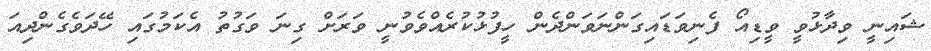
ޝައިނީ ވިދާޅުވީ ވީޑިއޯ ފެނިވަޑައިގަންނަވަންދެން ހީފުޅުކުރެއްވެވުނީ ވަރަށް ގިނަ ވަގުތު އެކަމުގައި ހޭދަވެގެންދިއަ